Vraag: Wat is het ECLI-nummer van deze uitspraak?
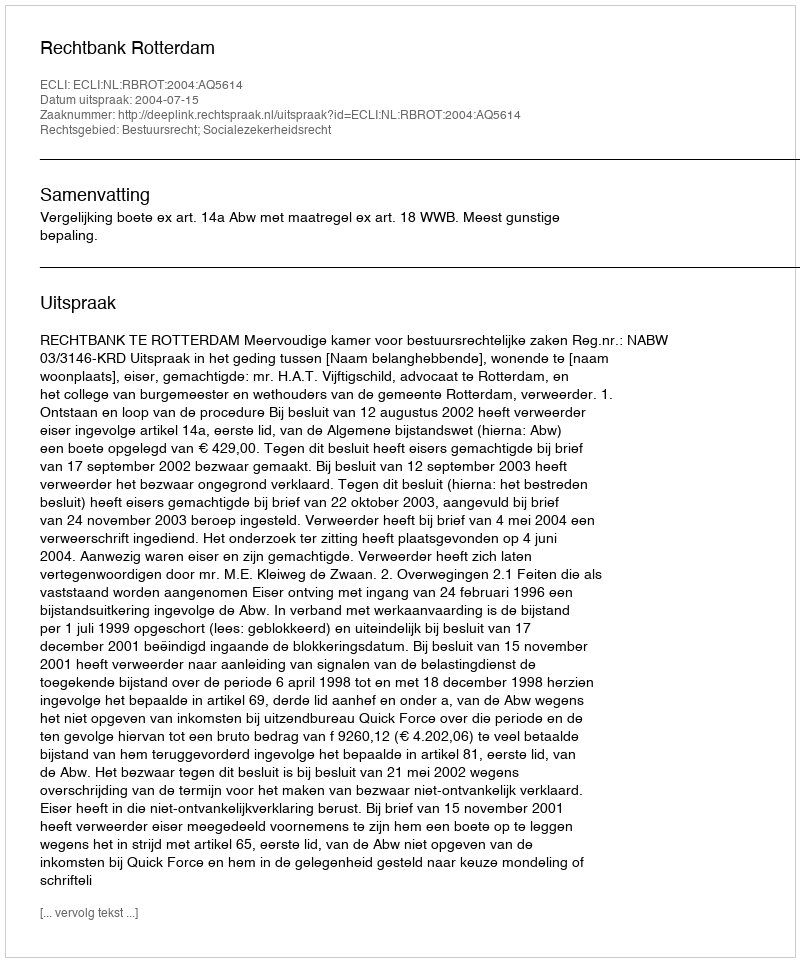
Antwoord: ECLI:NL:RBROT:2004:AQ5614